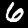
Label: 6